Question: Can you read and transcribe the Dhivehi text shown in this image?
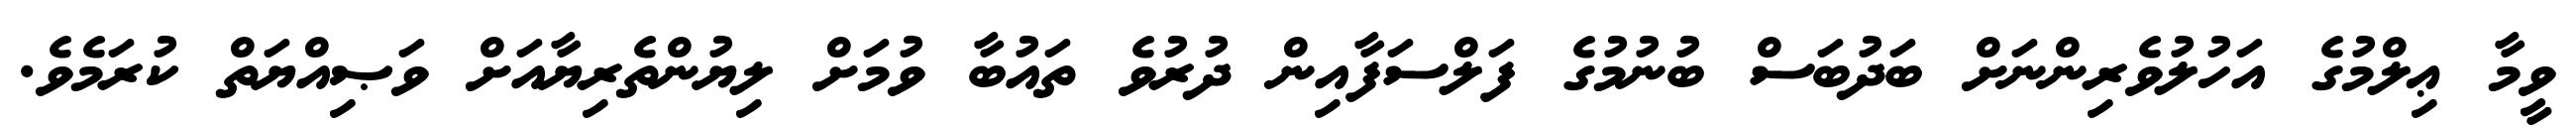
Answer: ވީމާ ޢިލްމުގެ އަހުލުވެރިންނަށް ބަދުބަސް ބުނުމުގެ ފަލްސަފާއިން ދުރުވެ ތައުބާ ވުމަށް ލިޔުންތެރިޔާއަށް ވަޞިއްޔަތް ކުރަމެވެ.